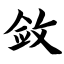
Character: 敛